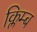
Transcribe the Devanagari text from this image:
क्लिम्ब